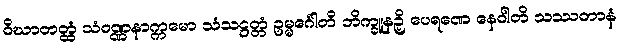
ဝိဃာတတ္ထံ သံဝဏ္ဏနာက္ကမော သံသဋ္ဌတ္တံ ဥမ္မင်္ဂေါတိ ဘိက္ခူနဉှိ ပေရဏေ နေဝါတိ သဿတာနံ